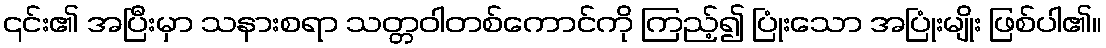
၎င်း၏ အပြီးမှာ သနားစရာ သတ္တဝါတစ်ကောင်ကို ကြည့်၍ ပြုံးသော အပြုံးမျိုး ဖြစ်ပါ၏။